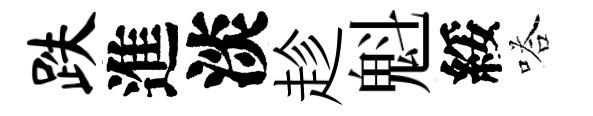
跌進淡趁魁綏嗒